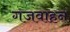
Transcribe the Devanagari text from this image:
गजवाहन